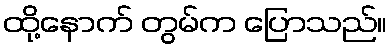
ထို့နောက် တွမ်က ပြောသည်။